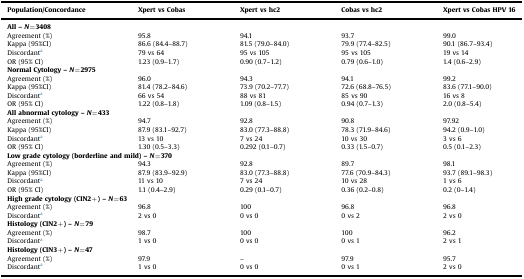
<table><thead><tr><td><b>Population/Concordance</b></td><td><b>Xpert vs Cobas</b></td><td><b>Xpert vs hc2</b></td><td><b>Cobas vs hc2</b></td><td><b>Xpert vs Cobas HPV 16</b></td></tr></thead><tbody><tr><td colspan="5"><b>All –</b><i><b>N</b></i><b>=3408</b></td></tr><tr><td>Agreement (%)</td><td>95.8</td><td>94.1</td><td>93.7</td><td>99.0</td></tr><tr><td>Kappa (95%CI)</td><td>86.6 (84.4–88.7)</td><td>81.5 (79.0–84.0)</td><td>79.9 (77.4–82.5)</td><td>90.1 (86.7–93.4)</td></tr><tr><td>Discordanta</td><td>79 vs 64</td><td>95 vs 105</td><td>95 vs 105</td><td>19 vs 14</td></tr><tr><td>OR (95% CI)</td><td>1.23 (0.9–1.7)</td><td>0.90 (0.7–1.2)</td><td>0.79 (0.6–1.0)</td><td>1.4 (0.6–2.9)</td></tr><tr><td colspan="5"><b>Normal Cytology –</b><i><b>N</b></i><b>=2975</b></td></tr><tr><td>Agreement (%)</td><td>96.0</td><td>94.3</td><td>94.1</td><td>99.2</td></tr><tr><td>Kappa (95%CI)</td><td>81.4 (78.2–84.6)</td><td>73.9 (70.2–77.7)</td><td>72.6 (68.8–76.5)</td><td>83.6 (77.1–90.0)</td></tr><tr><td>Discordanta</td><td>66 vs 54</td><td>88 vs 81</td><td>85 vs 90</td><td>16 vs 8</td></tr><tr><td>OR (95% CI)</td><td>1.22 (0.8–1.8)</td><td>1.09 (0.8–1.5)</td><td>0.94 (0.7–1.3)</td><td>2.0 (0.8–5.4)</td></tr><tr><td colspan="5"><b>All abnormal cytology –</b><i><b>N</b></i><b>=433</b></td></tr><tr><td>Agreement (%)</td><td>94.7</td><td>92.8</td><td>90.8</td><td>97.92</td></tr><tr><td>Kappa (95%CI)</td><td>87.9 (83.1–92.7)</td><td>83.0 (77.3–88.8)</td><td>78.3 (71.9–84.6)</td><td>94.2 (0.9–1.0)</td></tr><tr><td>Discordanta</td><td>13 vs 10</td><td>7 vs 24</td><td>10 vs 30</td><td>3 vs 6</td></tr><tr><td>OR (95% CI)</td><td>1.30 (0.5–3.3)</td><td>0.292 (0.1–0.7)</td><td>0.33 (1.5–0.7)</td><td>0.5 (0.1–2.3)</td></tr><tr><td colspan="5"><b>Low grade cytology (borderline and mild) –</b><i><b>N</b></i><b>=370</b></td></tr><tr><td>Agreement (%)</td><td>94.3</td><td>92.8</td><td>89.7</td><td>98.1</td></tr><tr><td>Kappa (95%CI)</td><td>87.9 (83.9–92.9)</td><td>83.0 (77.3–88.8)</td><td>77.6 (70.9–84.3)</td><td>93.7 (89.1–98.3)</td></tr><tr><td>Discordanta</td><td>11 vs 10</td><td>7 vs 24</td><td>10 vs 28</td><td>1 vs 6</td></tr><tr><td>OR (95% CI)</td><td>1.1 (0.4–2.9)</td><td>0.29 (0.1–0.7)</td><td>0.36 (0.2–0.8)</td><td>0.2 (0–1.4)</td></tr><tr><td colspan="5"><b>High grade cytology (CIN2+) –</b><i><b>N</b></i><b>=63</b></td></tr><tr><td>Agreement (%)</td><td>96.8</td><td>100</td><td>96.8</td><td>96.8</td></tr><tr><td>Discordanta</td><td>2 vs 0</td><td>0 vs 0</td><td>0 vs 2</td><td>2 vs 0</td></tr><tr><td colspan="5"><b>Histology (CIN2+) –</b><i><b>N</b></i><b>=79</b></td></tr><tr><td>Agreement (%)</td><td>98.7</td><td>100</td><td>100</td><td>96.2</td></tr><tr><td>Discordanta</td><td>1 vs 0</td><td>0 vs 0</td><td>0 vs 1</td><td>2 vs 1</td></tr><tr><td colspan="5"><b>Histology (CIN3+) –</b><i><b>N</b></i><b>=47</b></td></tr><tr><td>Agreement (%)</td><td>97.9</td><td>–</td><td>97.9</td><td>95.7</td></tr><tr><td>Discordanta</td><td>1 vs 0</td><td>0 vs 0</td><td>0 vs 1</td><td>2 vs 0</td></tr></tbody></table>